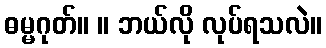
ဓမ္မဂုတ်။ ။ ဘယ်လို လုပ်ရသလဲ။